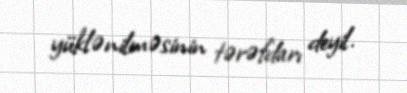
yüklənilməsinin tərəfdarı deyil.